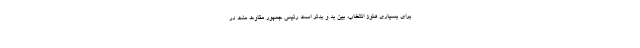
برای بسیاری هنوز انتخاب، بین بد و بدتر است رئیس جمهور مقاوت ملت در